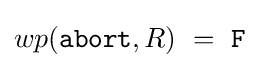
wp({\texttt {abort}},R)\ =\ {\texttt {F}}